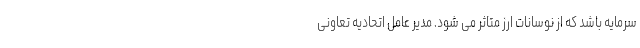
سرمایه باشد که از نوسانات ارز متاثر می شود. مدیر عامل اتحادیه تعاونی